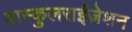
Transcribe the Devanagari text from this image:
वास्कुलराईज़ेशन